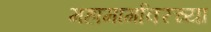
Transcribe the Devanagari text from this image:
महामार्गावरच्या